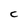
Character: C